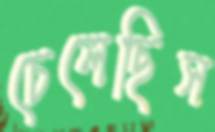
চেলেছিস